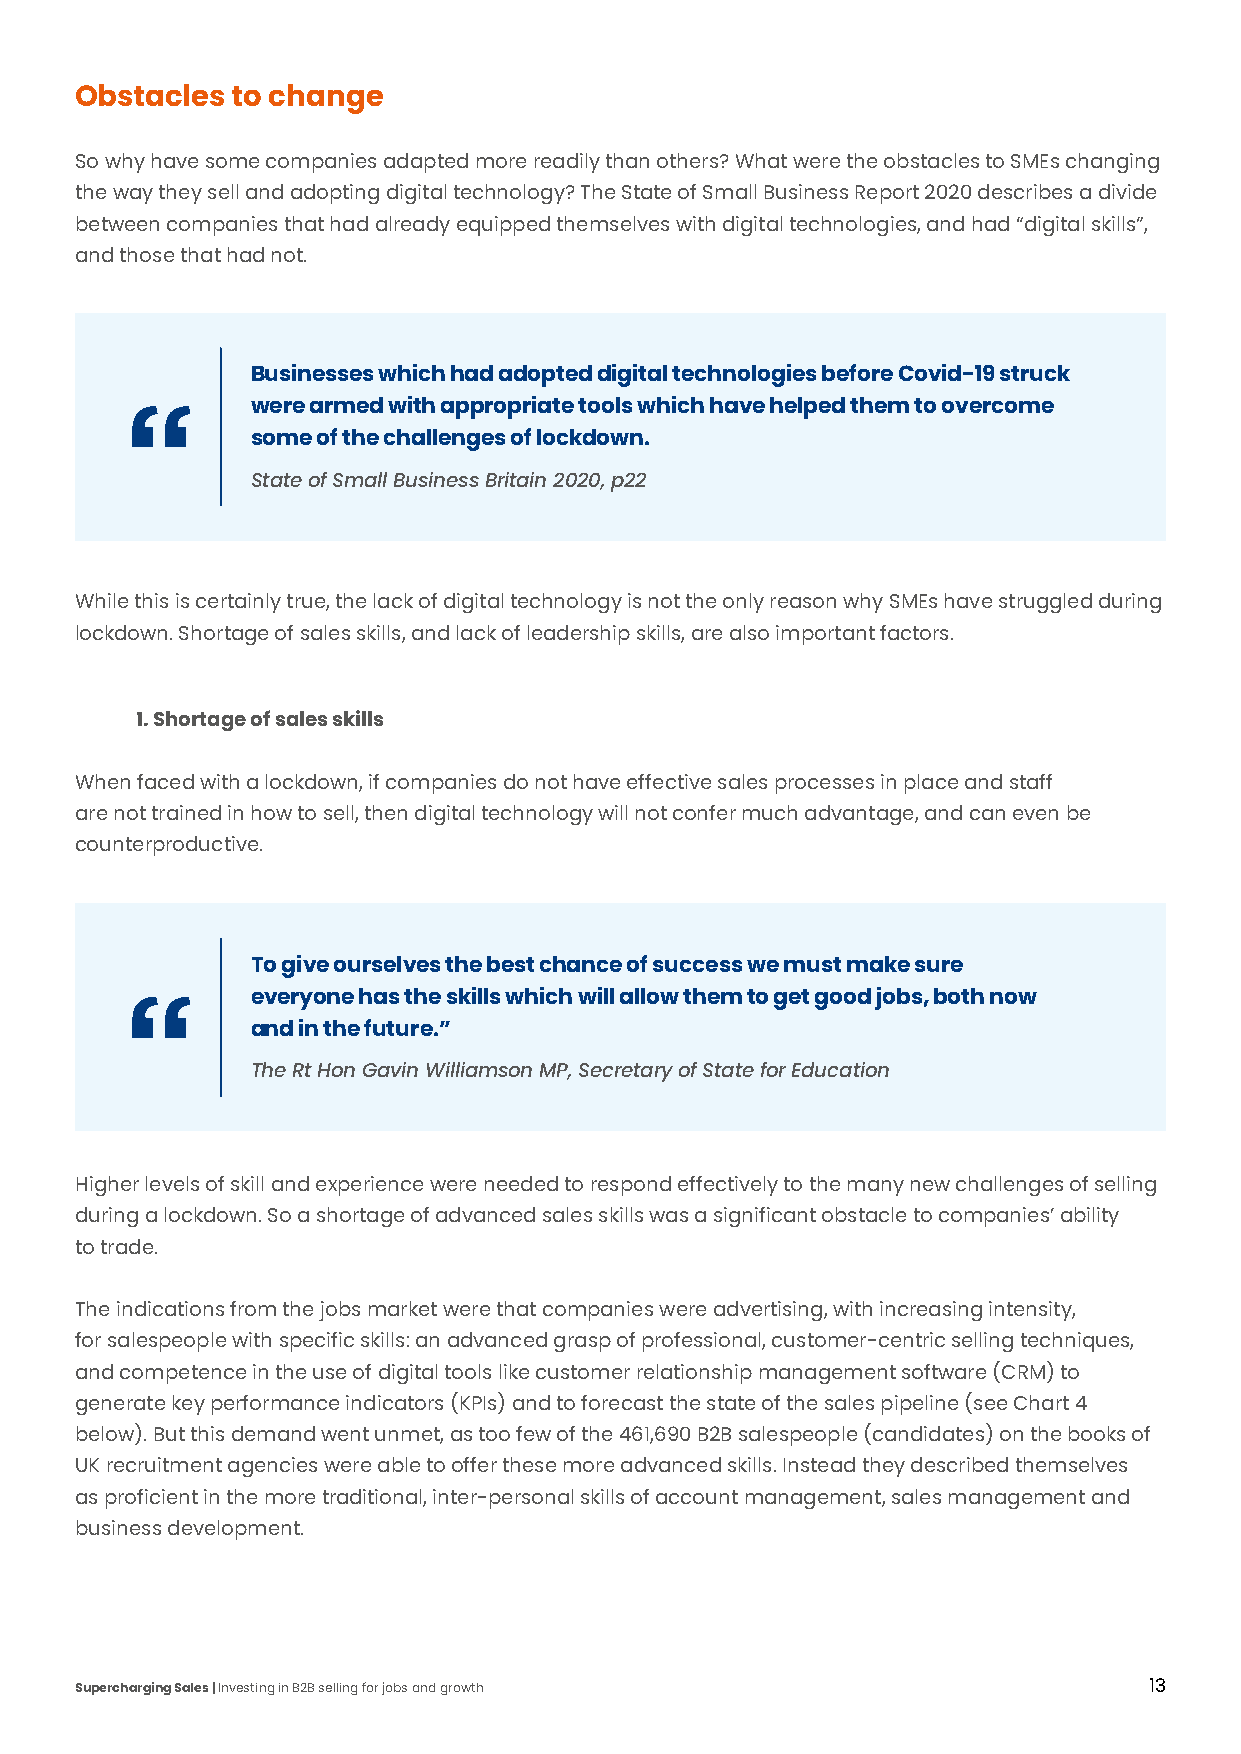
Obstacles to change
 So why have some companies adapted more readily than others? What were the obstacles to SMEs changing
 the way they sell and adopting digital technology? The State of Small Business Report 2020 describes a divide
 between companies that had already equipped themselves with digital technologies, and had “digital skills”,
 and those that had not.
 Businesses which had adopted digital technologies before Covid-19 struck
 were armed with appropriate tools which have helped them to overcome
 some of the challenges of lockdown.
 State of Small Business Britain 2020, p22
 While this is certainly true, the lack of digital technology is not the only reason why SMEs have struggled during
 lockdown. Shortage of sales skills, and lack of leadership skills, are also important factors.
 1. Shortage of sales skills
 When faced with a lockdown, if companies do not have effective sales processes in place and staff
 are not trained in how to sell, then digital technology will not confer much advantage, and can even be
 counterproductive.
 To give ourselves the best chance of success we must make sure
 everyone has the skills which will allow them to get good jobs, both now
 and in the future.”
 The Rt Hon Gavin Williamson MP, Secretary of State for Education
 Higher levels of skill and experience were needed to respond effectively to the many new challenges of selling
 during a lockdown. So a shortage of advanced sales skills was a significant obstacle to companies’ ability
 to trade.
 The indications from the jobs market were that companies were advertising, with increasing intensity,
 for salespeople with specific skills: an advanced grasp of professional, customer-centric selling techniques,
 and competence in the use of digital tools like customer relationship management software (CRM) to
 generate key performance indicators (KPIs) and to forecast the state of the sales pipeline (see Chart 4
 below). But this demand went unmet, as too few of the 461,690 B2B salespeople (candidates) on the books of
 UK recruitment agencies were able to offer these more advanced skills. Instead they described themselves
 as proficient in the more traditional, inter-personal skills of account management, sales management and
 business development.
 Supercharging Sales | Investing in B2B selling for jobs and growth     13